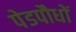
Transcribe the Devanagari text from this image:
पेडपौधों